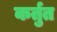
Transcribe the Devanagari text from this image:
कर्तुत